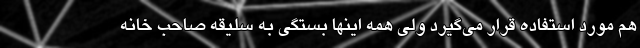
هم مورد استفاده قرار می‌گیرد ولی همه اینها بستگی به سلیقه صاحب خانه